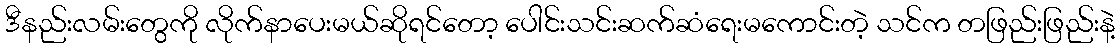
ဒီနည်းလမ်းတွေကို လိုက်နာပေးမယ်ဆိုရင်တော့ ပေါင်းသင်းဆက်ဆံရေးမကောင်းတဲ့ သင်က တဖြည်းဖြည်းနဲ့